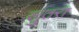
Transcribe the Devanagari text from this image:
लुतरा